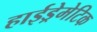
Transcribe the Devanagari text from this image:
हाईड्रेमेटिक